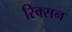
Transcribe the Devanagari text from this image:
रिक्सन